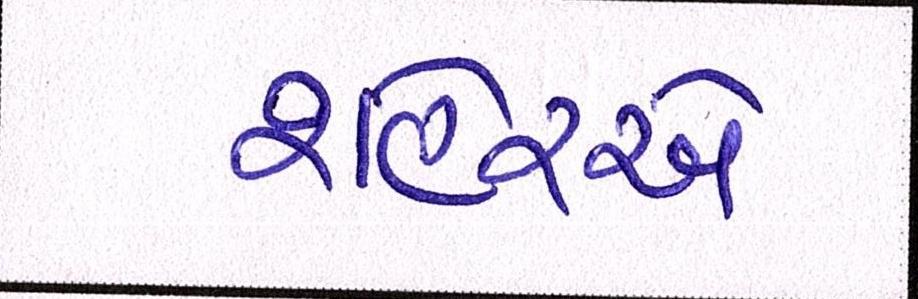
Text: શહેરએ